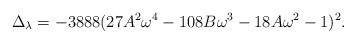
\begin{align*}\Delta_{\lambda} = -3888(27A^2\omega^4 - 108B\omega^3 - 18A\omega^2 - 1)^2.\end{align*}